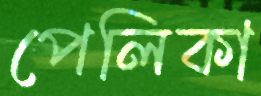
পেলিকা